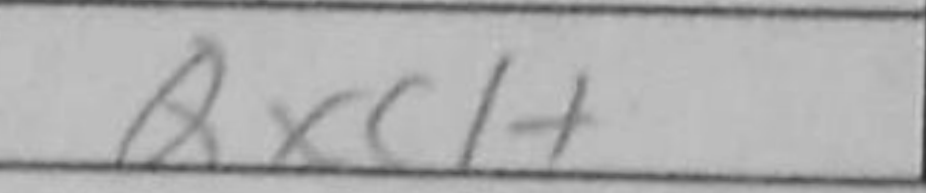
Transcription: Qxc1+